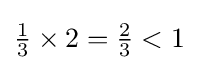
{\textstyle {\frac {1}{3}}\times 2={\frac {2}{3}}<1}